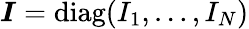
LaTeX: \boldsymbol{I}=\mathrm{diag}(I_{1},\dots,I_{N})